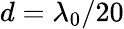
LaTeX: d=\lambda_{0}/20